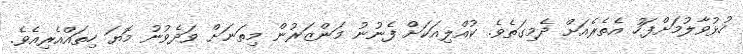
ހުޅުވާލުމަށްފަހު އެތެރެއަށް ދެމިގަތެވެ. ކުއްލިއަކަށް ފެނުނު މަންޒަރުން މިތަނަށް ވަދެވުނު މޮޔަ ހިތައްއެރިއެވެ.